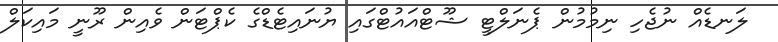
ލަނޑެއް ނުޖެހި ނިމުމުން ޕެނަލްޓީ ޝޫޓްއައުޓްގައި ޔުނައިޓެޑްގެ ކެޕްޓަން ވެއިން ރޫނީ މައިކަލް